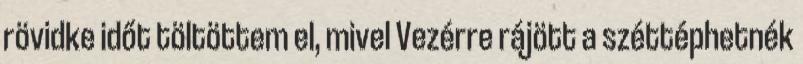
rövidke időt töltöttem el, mivel Vezérre rájött a széttéphetnék